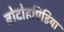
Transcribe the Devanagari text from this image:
बोदोहपिडिया